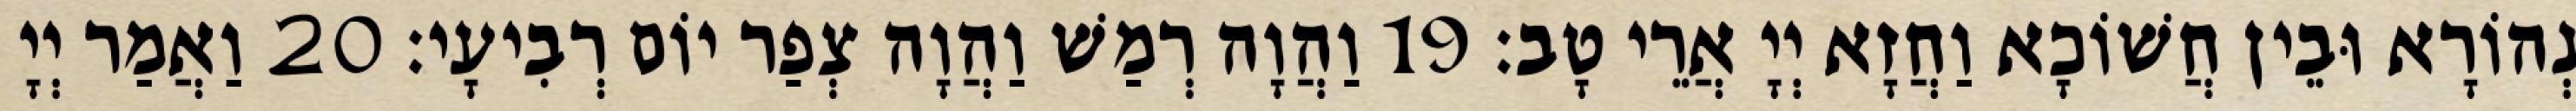
נְהוֹרָא וּבֵין חֲשׁוֹכָא וַחֲזָא יְיָ אֲרֵי טָב׃ 19 וַהֲוָה רְמַשׁ וַהֲוָה צְפַר יוֹם רְבִיעָי׃ 20 וַאֲמַר יְיָ